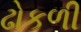
ઢોકળી